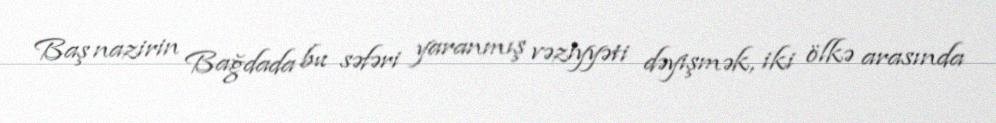
Baş nazirin Bağdada bu səfəri yaranmış vəziyyəti dəyişmək, iki ölkə arasında